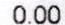
0.00